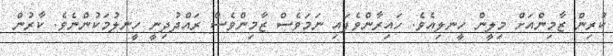
ކުރިން ޒާމިންއަށް މިލީން ހީނލިއެވެ. ހައިރާންވެފައި ނަމަވެސް ޒާމިންވެސް ރައްދުދިނީ ހީނލުމަކުންނެވެ. ކާރުން